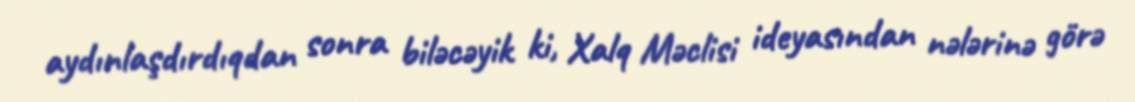
aydınlaşdırdıqdan sonra biləcəyik ki, Xalq Məclisi ideyasından nələrinə görə